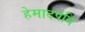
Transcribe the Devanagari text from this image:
हेमादपंथि